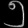
Digit: ၅